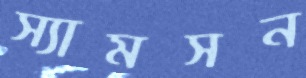
স্যামসন